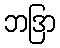
ဘဒြာ